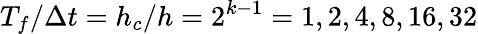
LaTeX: T_{f}/\Delta t=h_{c}/h=2^{k-1}=1,2,4,8,16,32